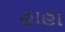
હાહા